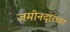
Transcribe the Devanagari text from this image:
जमीनदारंच्या